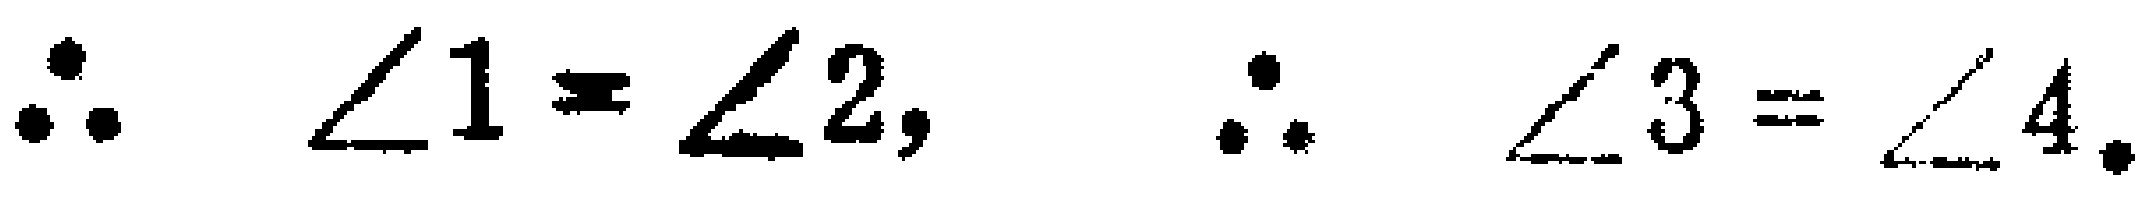
$\therefore \angle 1 = \angle 2, \therefore \angle 3 = \angle 4.$